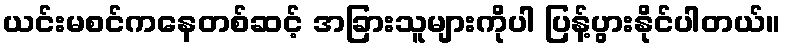
ယင်းမစင်ကနေတစ်ဆင့် အခြားသူများကိုပါ ပြန့်ပွားနိုင်ပါတယ်။